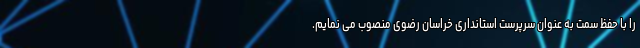
را با حفظ سمت به عنوان سرپرست استانداری خراسان رضوی منصوب می نمایم.